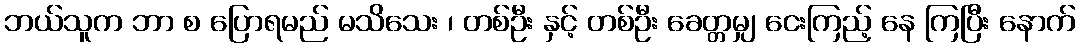
ဘယ်သူက ဘာ စ ပြောရမည် မသိသေး ၊ တစ်ဦး နှင့် တစ်ဦး ခေတ္တမျှ ငေးကြည့် နေ ကြပြီး နောက်